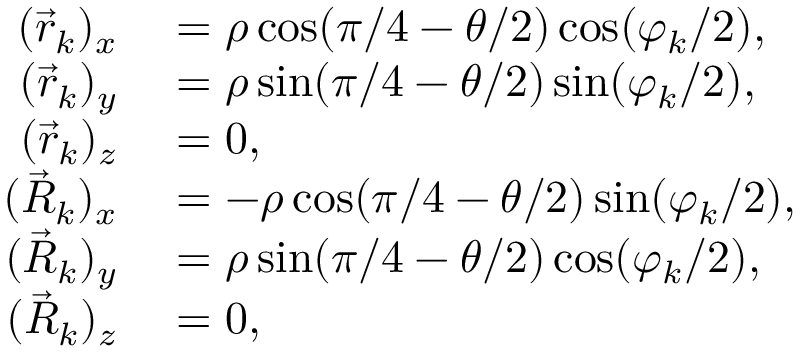
\begin{array} { r l } { ( \vec { r } _ { k } ) _ { x } } & { { } = \rho \cos ( \pi / 4 - \theta / 2 ) \cos ( \varphi _ { k } / 2 ) , } \\ { ( \vec { r } _ { k } ) _ { y } } & { { } = \rho \sin ( \pi / 4 - \theta / 2 ) \sin ( \varphi _ { k } / 2 ) , } \\ { ( \vec { r } _ { k } ) _ { z } } & { { } = 0 , } \\ { ( \vec { R } _ { k } ) _ { x } } & { { } = - \rho \cos ( \pi / 4 - \theta / 2 ) \sin ( \varphi _ { k } / 2 ) , } \\ { ( \vec { R } _ { k } ) _ { y } } & { { } = \rho \sin ( \pi / 4 - \theta / 2 ) \cos ( \varphi _ { k } / 2 ) , } \\ { ( \vec { R } _ { k } ) _ { z } } & { { } = 0 , } \end{array}